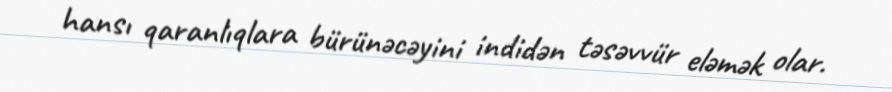
hansı qaranlıqlara bürünəcəyini indidən təsəvvür eləmək olar.